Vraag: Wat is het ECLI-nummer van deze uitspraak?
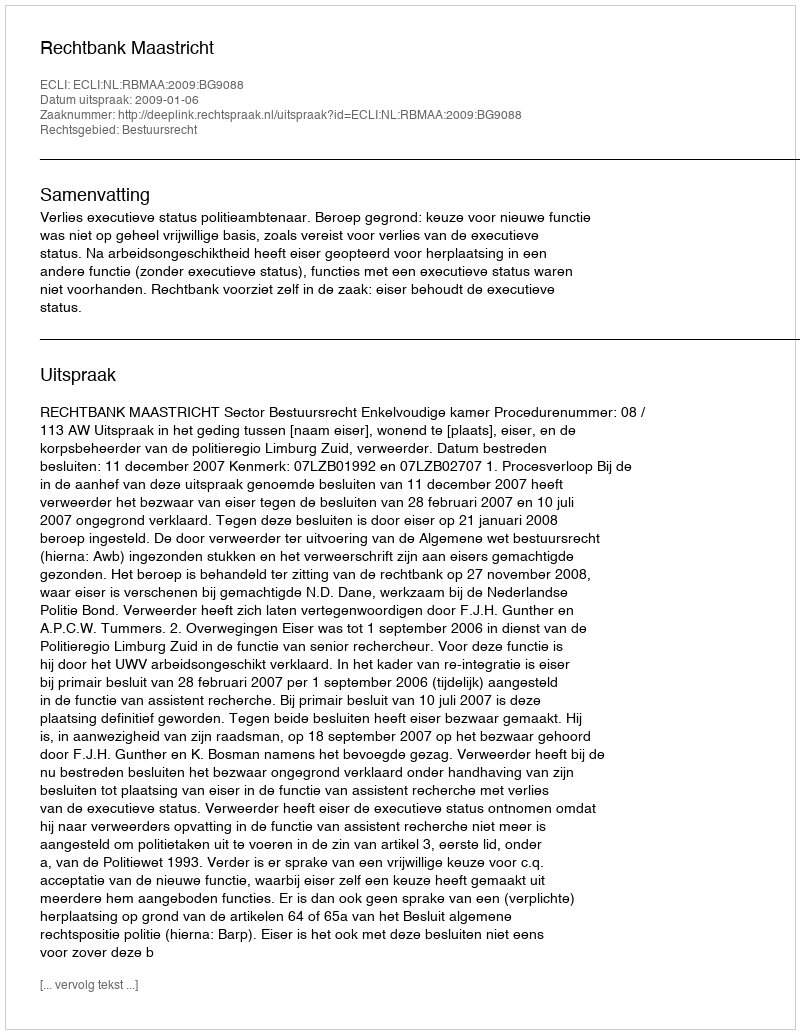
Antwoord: ECLI:NL:RBMAA:2009:BG9088